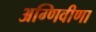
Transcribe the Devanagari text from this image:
अग्णिवीणा